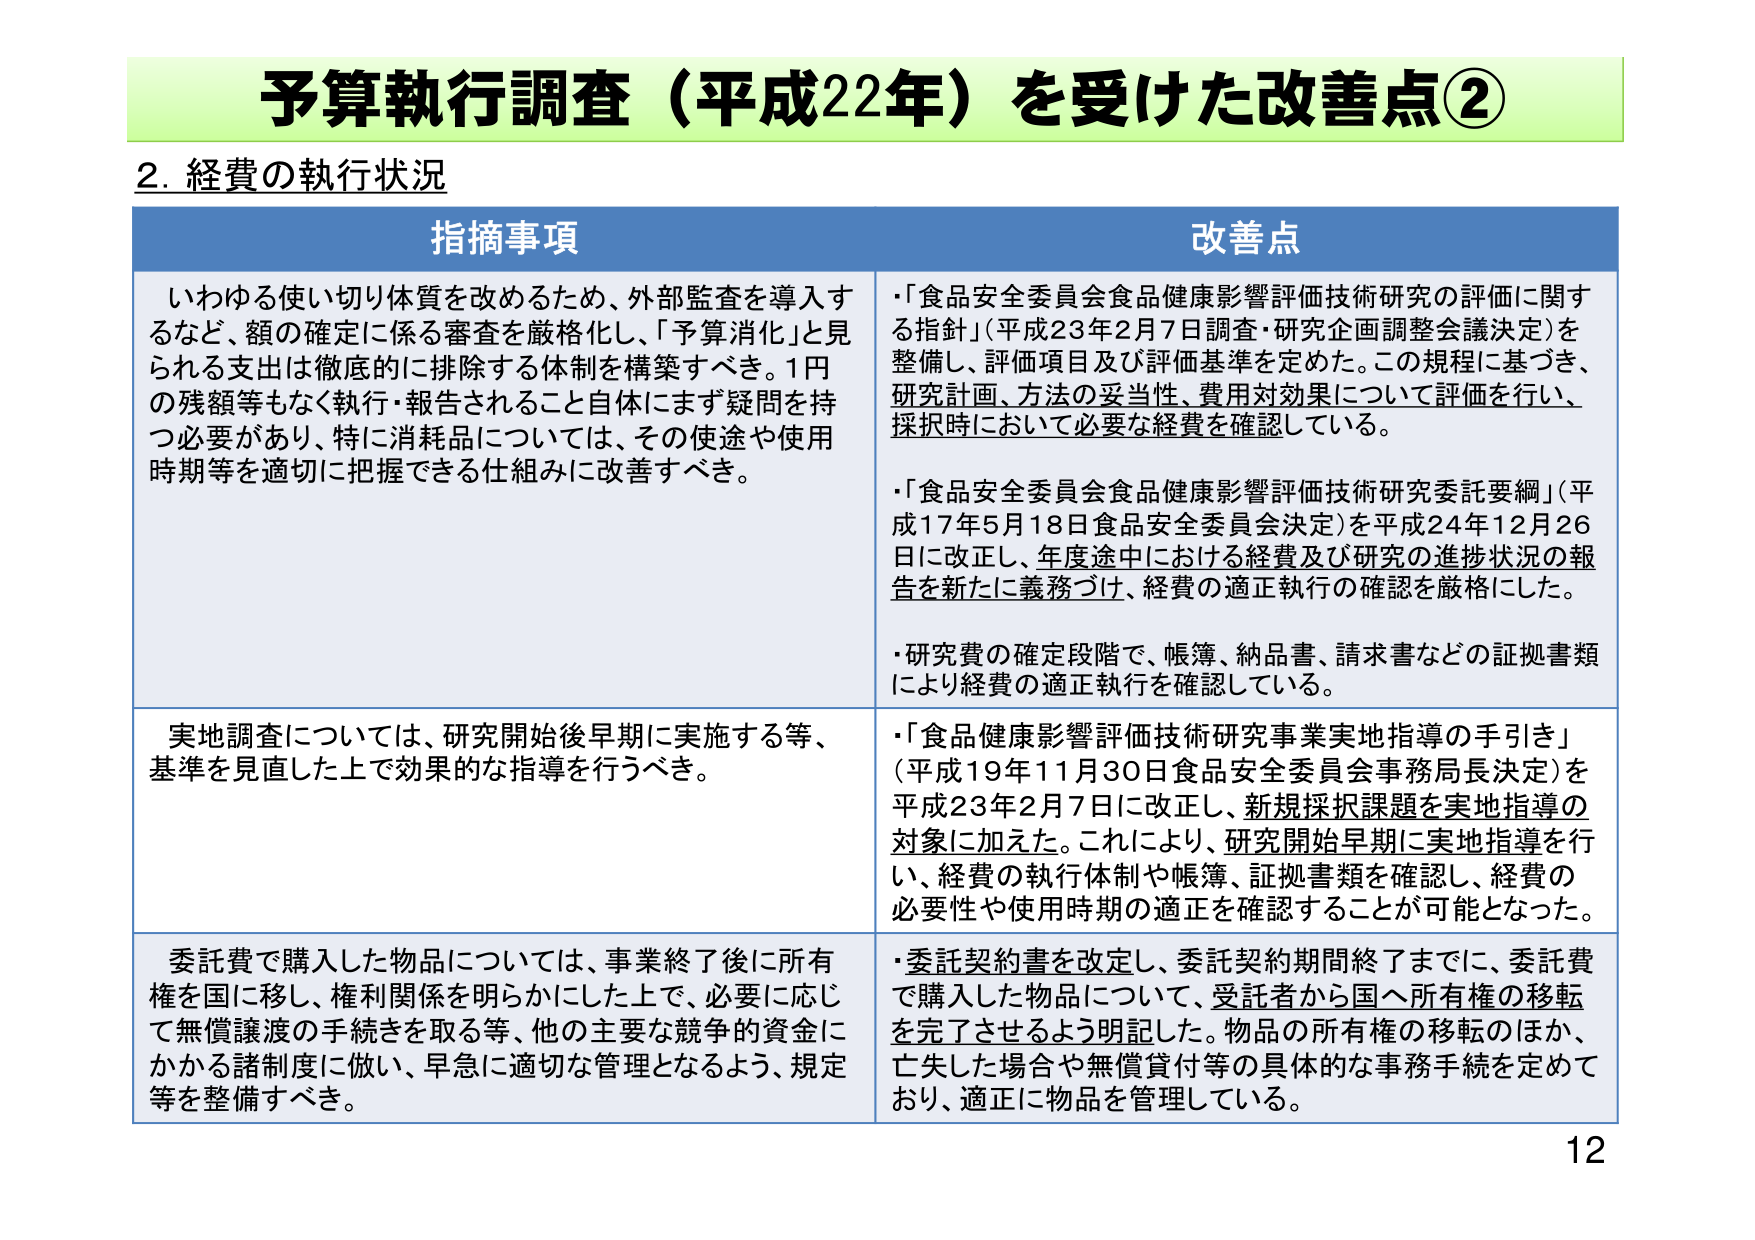
予算執行調査（平成22年）を受けた改善点②

2. 経費の執行状況

指摘事項

いわゆる使い切り体質を改めるため、外部監査を導入するなど、額の確定に係る審査を厳格化し、「予算消化」と見られる支出は徹底的に排除する体制を構築すべき。1円の残額等もなく執行・報告されること自体にまず疑問を持つ必要があり、特に消耗品については、その使途や使用時期等を適切に把握できる仕組みに改善すべき。

実地調査については、研究開始後早期に実施する等、基準を見直した上で効果的な指導を行うべき。

委託費で購入した物品については、事業終了後に所有権を国に移し、権利関係を明らかにした上で、必要に応じて無償譲渡の手続きを取る等、他の主要な競争的資金にかかる諸制度に倣い、早急に適切な管理となるよう、規定等を整備すべき。

改善点

・「食品安全委員会食品健康影響評価技術研究の評価に関する指針」（平成23年2月7日調査・研究企画調整会議決定）を整備し、評価項目及び評価基準を定めた。この規程に基づき、研究計画、方法の妥当性、費用対効果について評価を行い、採択時において必要な経費を確認している。

・「食品安全委員会食品健康影響評価技術研究委託要綱」（平成17年5月18日食品安全委員会決定）を平成24年12月26日に改正し、年度途中における経費及び研究の進捗状況の報告を新たに義務づけ、経費の適正執行の確認を厳格にした。

・研究費の確定段階で、帳簿、納品書、請求書などの証拠書類により経費の適正執行を確認している。

・「食品健康影響評価技術研究事業実地指導の手引き」（平成19年11月30日食品安全委員会事務局長決定）を平成23年2月7日に改正し、新規採択課題を実地指導の対象に加えた。これにより、研究開始早期に実地指導を行い、経費の執行体制や帳簿、証拠書類を確認し、経費の必要性や使用時期の適正を確認することが可能となった。

・委託契約書を改定し、委託契約期間終了までに、委託費で購入した物品について、受託者から国へ所有権の移転を完了させるよう明記した。物品の所有権の移転のほか、亡失した場合や無償貸付等の具体的な事務手続を定めており、適正に物品を管理している。

12